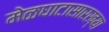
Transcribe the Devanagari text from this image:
मेळघाटासारख्या